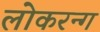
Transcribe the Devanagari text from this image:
लोकरन्ग